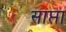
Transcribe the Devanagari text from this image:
साप्ता